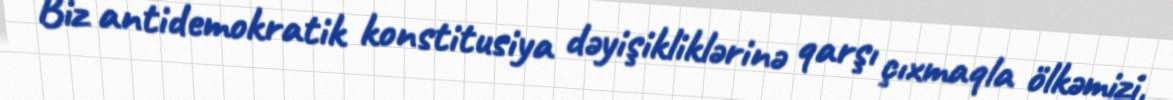
Biz antidemokratik konstitusiya dəyişikliklərinə qarşı çıxmaqla ölkəmizi,